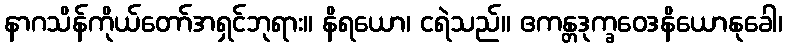
နာဂသိန်ကိုယ်တော်အရှင်ဘုရား။ နိရယော၊ ငရဲသည်။ ဧကန္တဒုက္ခဝေဒနိယောနုခေါ၊